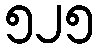
၅၂၅